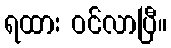
ရထား ဝင်လာပြီ။